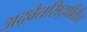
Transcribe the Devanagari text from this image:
अद्वैतसिद्धीतील